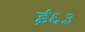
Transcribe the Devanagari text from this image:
ई६३